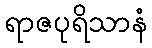
ရာဇပုရိသာနံ